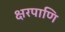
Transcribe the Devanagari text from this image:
क्षरपाणि